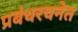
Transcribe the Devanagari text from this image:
प्रबंधरचनेत